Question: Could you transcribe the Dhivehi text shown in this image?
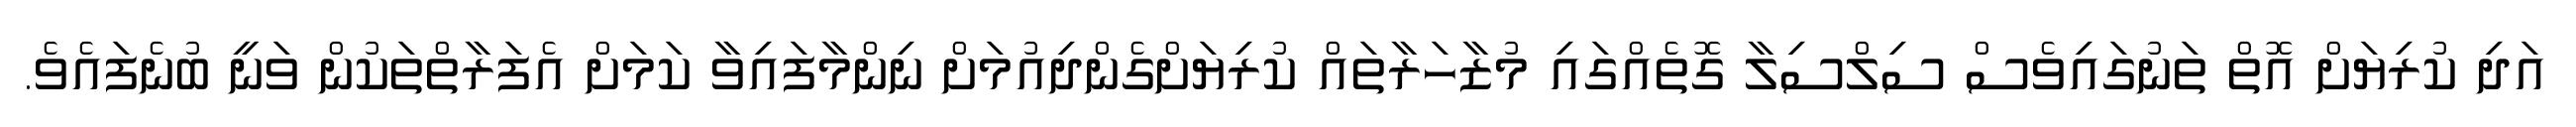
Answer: އަދި ކުރިޔަށް އޮތް ތަނުގައިވެސް ސިލްސިލާ ގޮތެއްގައި މުޒާހަރާތައް ކުރިޔަށްގެންދިއުމަށް ނިންމާފައިވާ ކަމަށް އެފަރާތްތަކުން ވަނީ ބުނެފައެވެ.